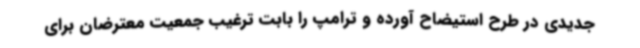
جدیدی در طرح استیضاح آورده و ترامپ را بابت ترغیب جمعیت معترضان برای